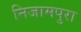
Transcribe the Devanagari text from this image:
निजामपुरा